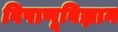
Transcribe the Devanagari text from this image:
विषाणूविज्ञान